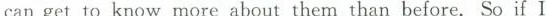
can get to know more about them than before. So if I